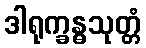
ဒါရုက္ခန္ဓသုတ္တံ